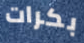
بكرات